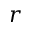
r